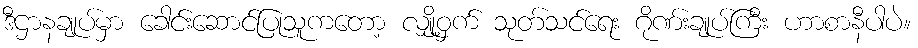
ဒီဌာနချုပ်မှာ ခေါင်းဆောင်ပြုသူကတော့ လျှို့ဝှက် သုတ်သင်ရေး ဂိုဏ်းချုပ်ကြီး ဟာစာနီပါပဲ။